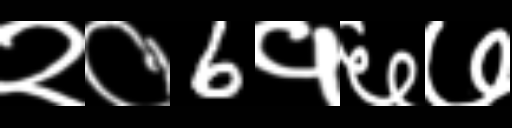
Text: २०6१६७